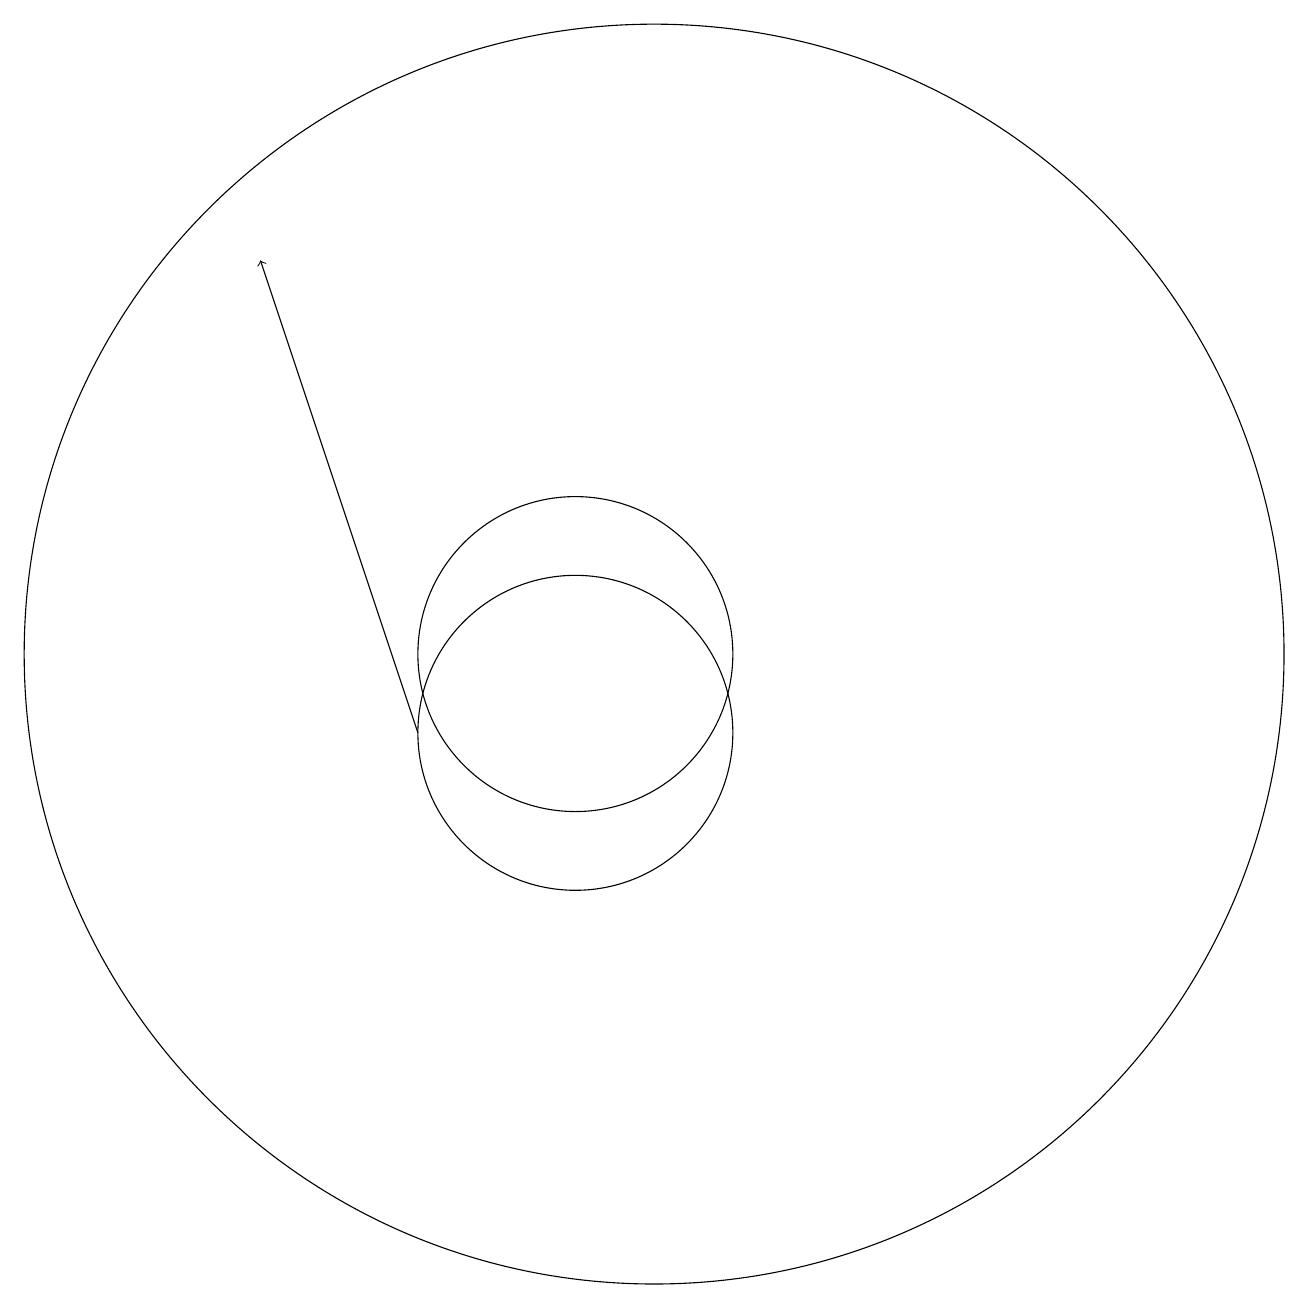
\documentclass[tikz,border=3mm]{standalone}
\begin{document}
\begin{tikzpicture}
\draw (10,11) circle (2);
\draw[->] (8,10) -- (6,16);
\draw (10,10) circle (2);
\draw (11,11) circle (8);
\draw (11,10) circle (0);
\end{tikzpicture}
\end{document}